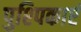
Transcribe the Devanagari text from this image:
पुश्पिकाएं